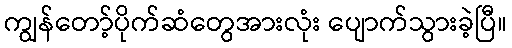
ကျွန်တော့်ပိုက်ဆံတွေအားလုံး ပျောက်သွားခဲ့ပြီ။